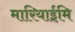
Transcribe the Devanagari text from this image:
मारियाईमि